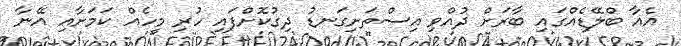
އެއާ ބްލޭޑެއްގައި ބާރަށް ދުއްވި އިސްތަށިގަނޑު ދިގުކޮށްފައި ހުރި މީހެއް ކަމަށާއި އޭނާ